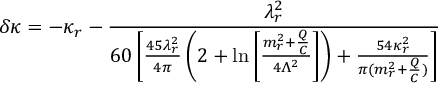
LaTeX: \delta \kappa = - \kappa _ { r } - \frac { \lambda _ { r } ^ { 2 } } { 6 0 \left[ \frac { 4 5 \lambda _ { r } ^ { 2 } } { 4 \pi } \left( 2 + \ln \left[ \frac { m _ { r } ^ { 2 } + \frac Q C } { 4 \Lambda ^ { 2 } } \right] \right) + \frac { 5 4 \kappa _ { r } ^ { 2 } } { \pi ( m _ { r } ^ { 2 } + \frac Q C ) } \right] }